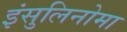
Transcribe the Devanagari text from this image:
इंसुलिनोमा